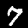
Label: 7